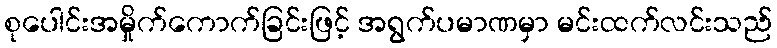
စုပေါင်းအမှိုက်ကောက်ခြင်းဖြင့် အရွက်ပမာဏမှာ မင်းထက်လင်းသည်